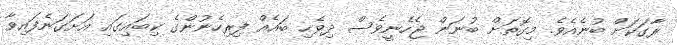
ރާގަކަށް ބުނެއެވެ. މިގޮތަށް ބުނަން ޖެހެނީވެސް ދިވެހި ބައެއް ފިރިހެނުންގެ ކިބައިގައި އަށަގަނެފައިވާ